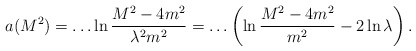
\begin{align*}a(M^2)=\dots \ln \frac{M^2-4m^2}{\lambda^2 m^2} =\dots \left( \ln \frac{M^2-4m^2}{m^2} -2 \ln \lambda \right). \end{align*}